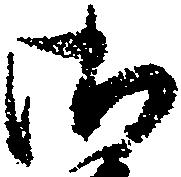
御